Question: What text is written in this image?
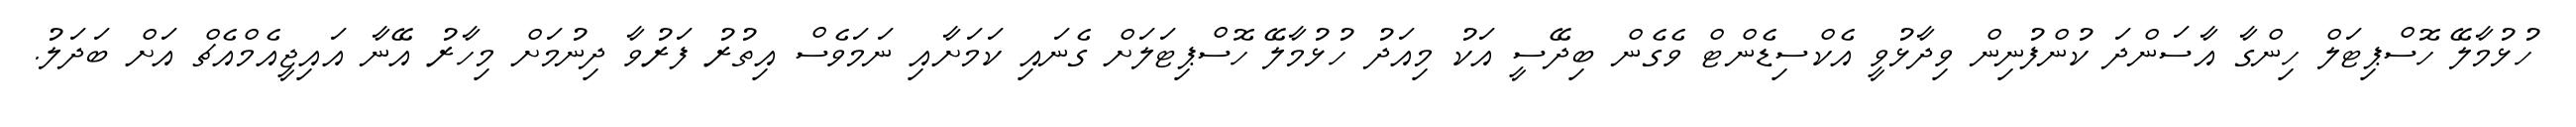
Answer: ހުޅުމާލޭ ހޮސްޕިޓަލް ހިންގާ އާސަންދަ ކުންފުނިން ވިދާޅުވީ އެކްސިޑެންޓް ވެގެން ބިދޭސީ އަކު މިއަދު ހުޅުމާލޭ ހޮސްޕިޓަލަށް ގެނައި ކަމަށާއި ނަމަވެސް އިތުރު ފަރުވާ ދިނުމަށް މިހާރު އޭނާ އައިޖީއެމްއެޗް އަށް ބަދަލު.